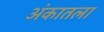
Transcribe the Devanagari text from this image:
अंकातला